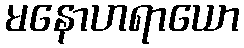
မနောဟရာယော